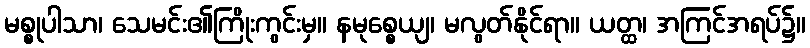
မစ္စုပါသာ၊ သေမင်း၏ကြိုးကွင်းမှ။ နမုစ္စေယျ၊ မလွတ်နိုင်ရာ။ ယတ္ထ၊ အကြင်အရပ်၌။